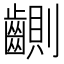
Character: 䶡